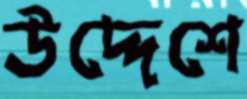
উদ্দেশে